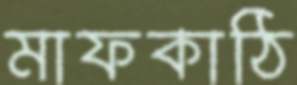
মাফকাঠি